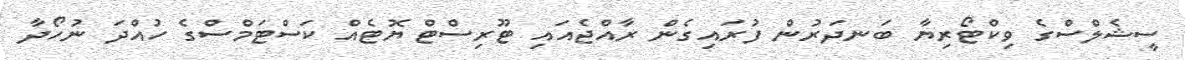
ސީޝެލްސްގެ ވިކްޓޯރިޔާ ބަނދަރުން ފުރައިގެން ރާއްޖެއައި ޓޫރިސްޓް ޔޮޓެއް ކަސްޓަމްސްގެ ހުއްދަ ނުހޯދާ